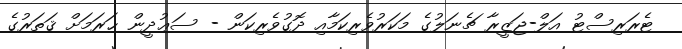
ޓެރަރިސްޓު އަލް-ޖަޒީރާ ޗެނަލުގެ މަކަރުވެރިކަމާއި ދޮގުވެރިކަން - ސަޢުދީން ޙަރަމަށް ޤަތަރުގެ